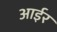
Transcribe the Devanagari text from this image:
आईर